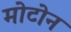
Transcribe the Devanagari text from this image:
मोटोन